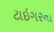
ટાઇગરના